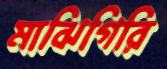
মাঝিগিরি